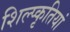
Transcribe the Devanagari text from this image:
शिल्प्कृतियां